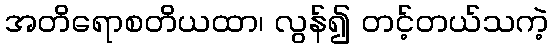
အတိရောစတိယထာ၊ လွန်၍ တင့်တယ်သကဲ့